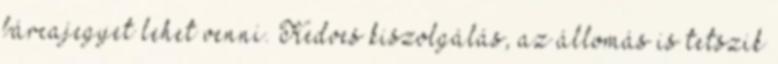
bárcajegyet lehet venni. Kedves kiszolgálás, az állomás is tetszik